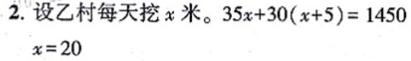
2. 设乙村每天挖$x$米。$35x + 30(x + 5) = 1450$
$x = 20$